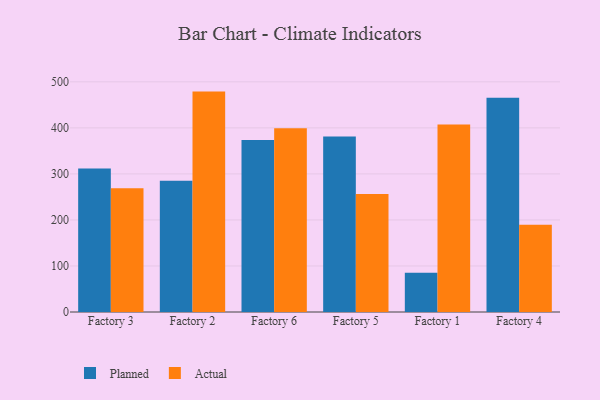
{"axis": {"x": "Factory", "y": "Customer Acquisition Cost (USD)"}, "legend": ["Actual", "Planned"], "data": [{"x": "Factory 3", "y": 311.7, "type": "Planned"}, {"x": "Factory 3", "y": 268.9, "type": "Actual"}, {"x": "Factory 2", "y": 285.0, "type": "Planned"}, {"x": "Factory 2", "y": 478.8, "type": "Actual"}, {"x": "Factory 6", "y": 373.8, "type": "Planned"}, {"x": "Factory 6", "y": 399.0, "type": "Actual"}, {"x": "Factory 5", "y": 381.3, "type": "Planned"}, {"x": "Factory 5", "y": 256.5, "type": "Actual"}, {"x": "Factory 1", "y": 85.4, "type": "Planned"}, {"x": "Factory 1", "y": 407.1, "type": "Actual"}, {"x": "Factory 4", "y": 465.2, "type": "Planned"}, {"x": "Factory 4", "y": 189.4, "type": "Actual"}]}